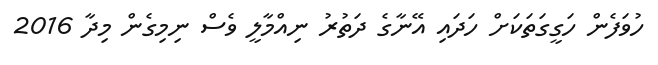
ހުވަފެން ހަގީގަތަކަށް ހަދައި އޭނާގެ ދަތުރު ނިއްމާލީ ވެސް ނިމިގެން މިދާ 2016